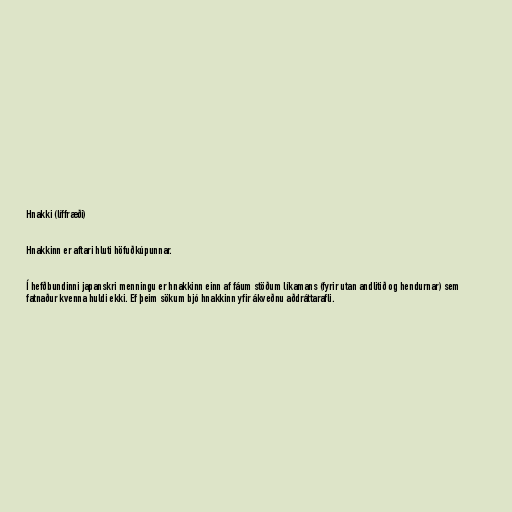
Hnakki (líffræði)

Hnakkinn er aftari hluti höfuðkúpunnar.

Í hefðbundinni japanskri menningu er hnakkinn einn af fáum stöðum líkamans (fyrir utan andlitið og hendurnar) sem
fatnaður kvenna huldi ekki. Ef þeim sökum bjó hnakkinn yfir ákveðnu aðdráttarafli.